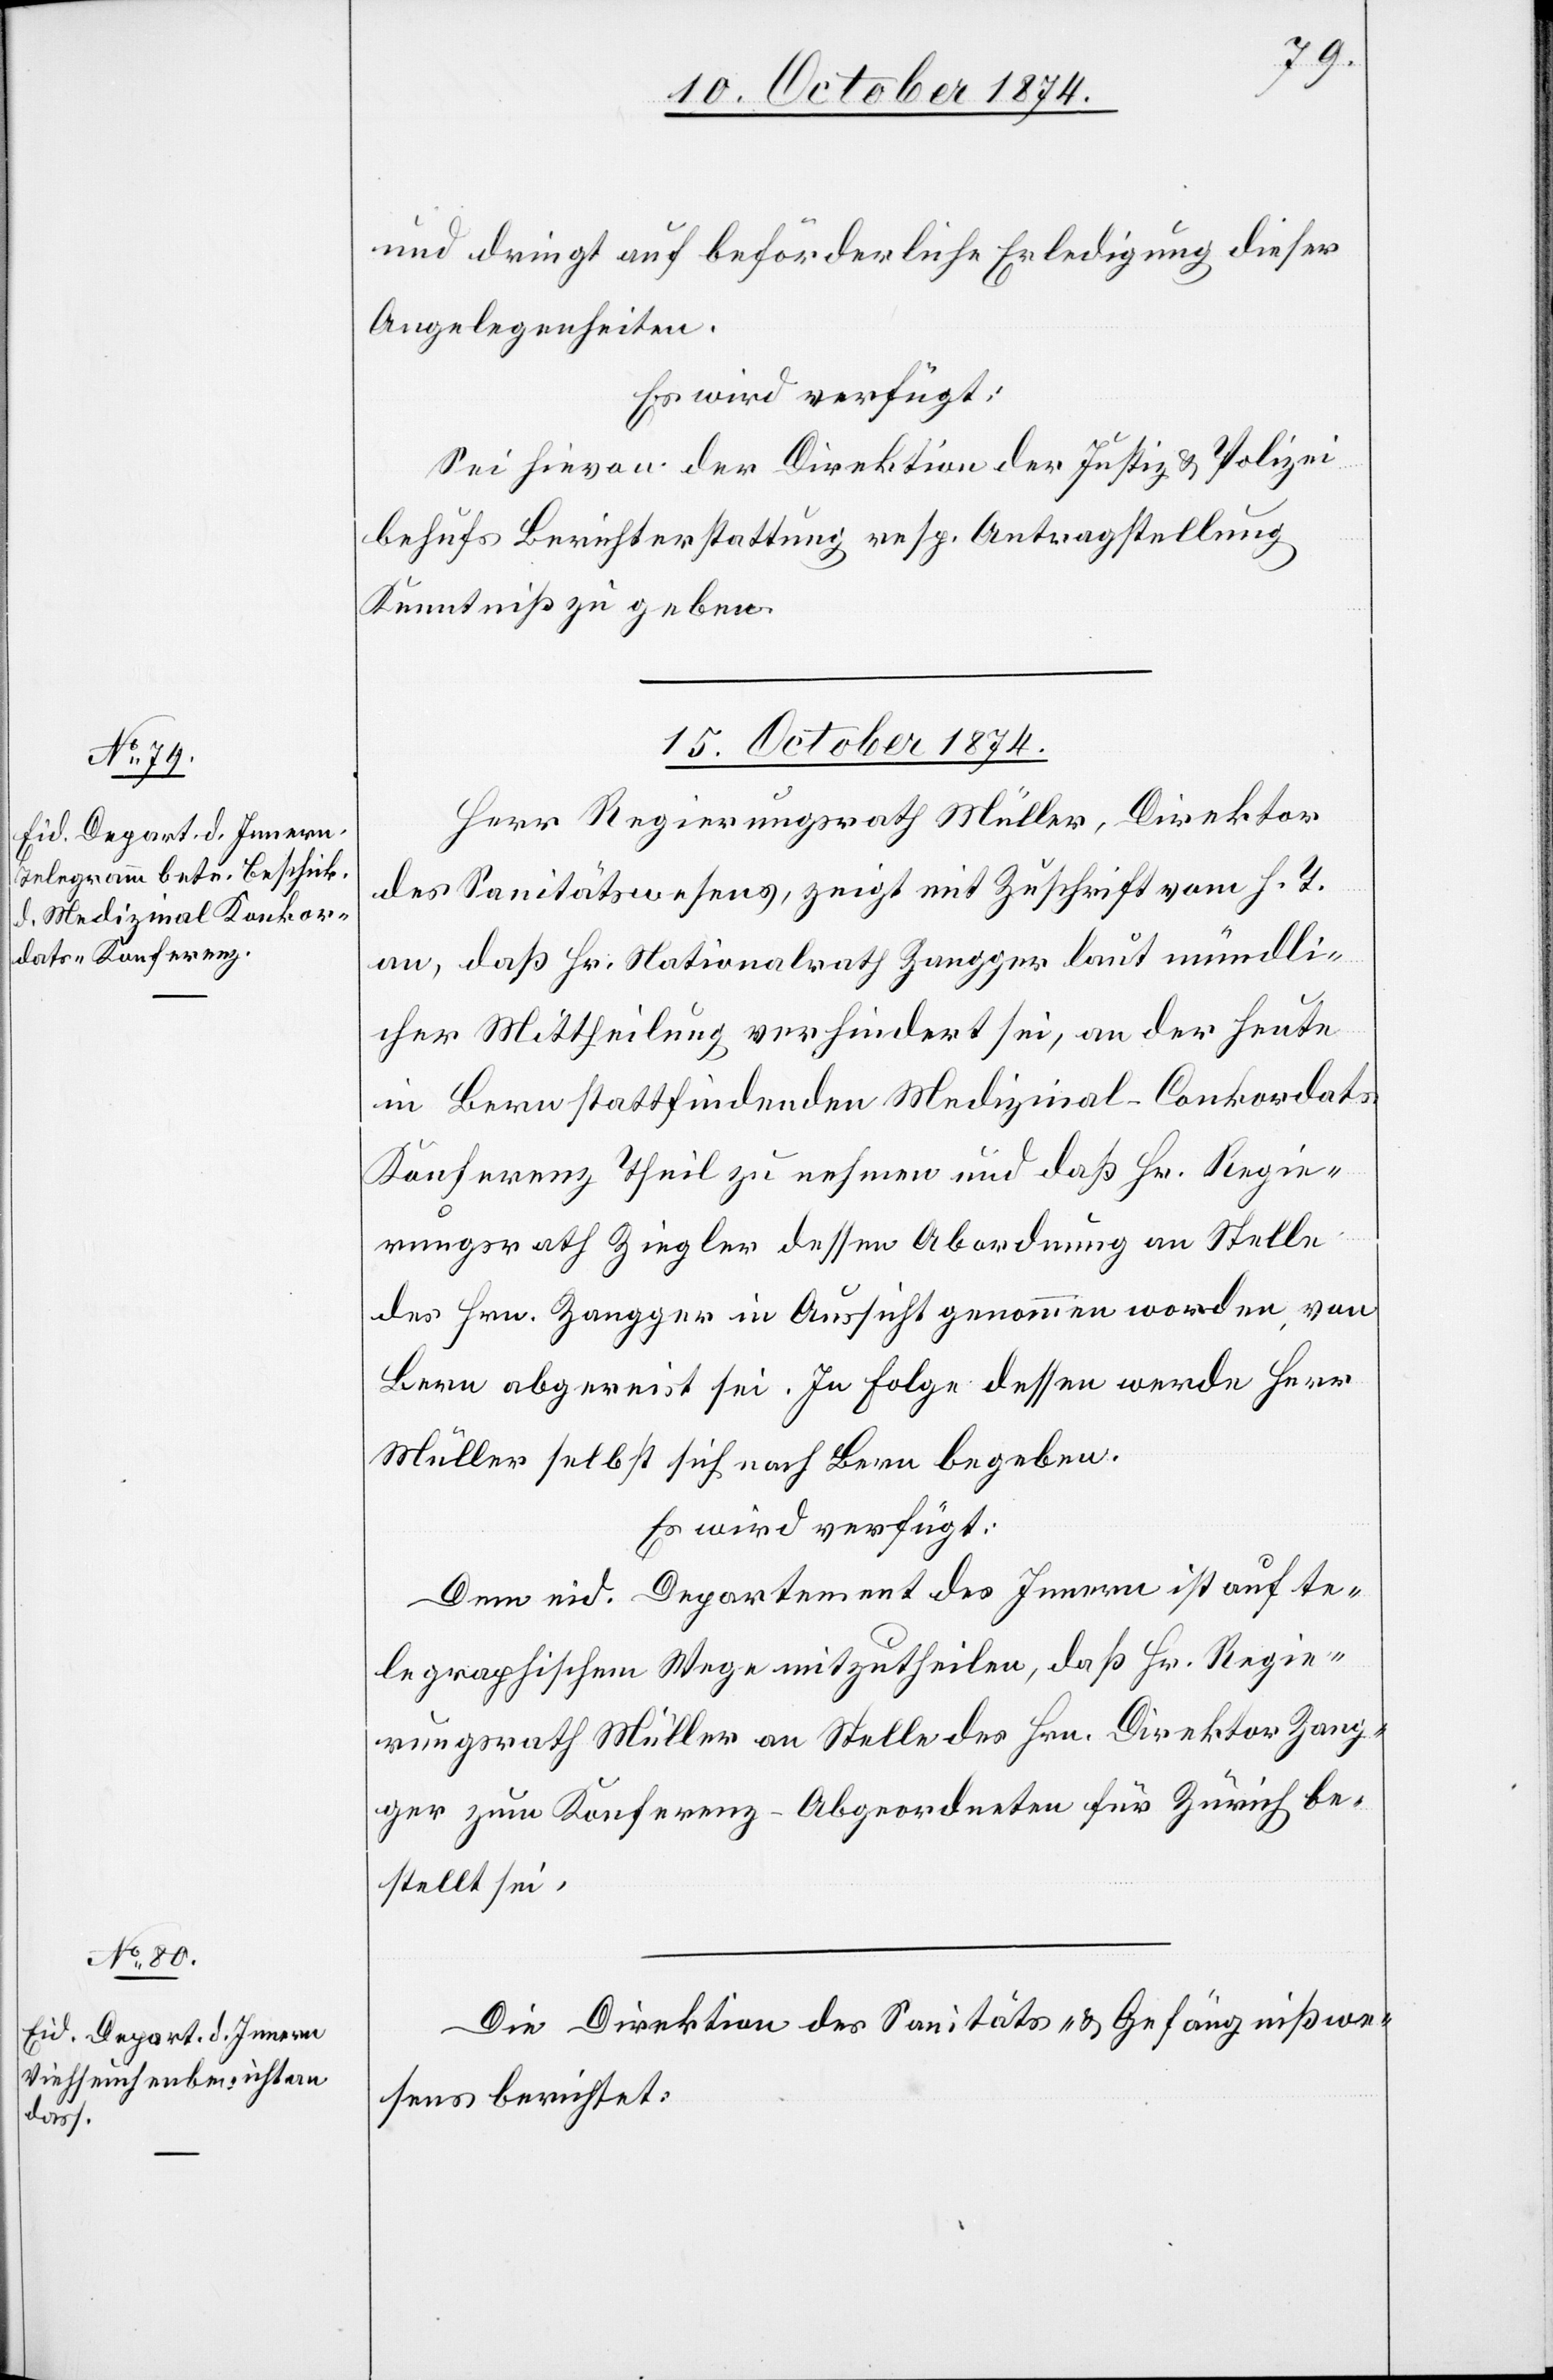
und dringt auf beförderliche Erledigung dieser
Angelegenheiten.
Es wird verfügt:
Sei hievon der Direktion der Justiz & Polizei
behufs Berichterstattung resp. Antragstellung
Kenntniß zu geben.
15. October 1874.]
Herr Regierungsrath Müller, Direktor
des Sanitätswesens, zeigt mit Zuschrift vom h. T.
an, daß Hr. Nationalrath Zangger laut mündli¬
cher Mittheilung verhindert sei, an der heute
in Bern stattfindenden Medizinal-Conkordats
Konferenz Theil zu nehmen und daß Hr. Regie¬
rungsrath Ziegler dessen Abordnung an Stelle
des Hrn. Zangger in Aussicht genommen worden, von
Bern abgereist sei. In Folge dessen werde Herr
Müller selbst sich nach Bern begeben.
Es wird verfügt:
Dem eid. Departement des Innern ist auf te¬
legraphischem Wege mitzutheilen, daß Hr. Regie¬
rungsrath Müller an Stelle des Hrn. Direktor Zang¬
ger zum Konferenz-Abgeordneten für Zürich be¬
Die Direktion des Sanitäts- & Gefängnißwe¬
stellt
sens berichtet: